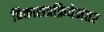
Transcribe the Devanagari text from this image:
विकासप्रक्रियेनंतर